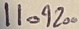
Text: 11.9200